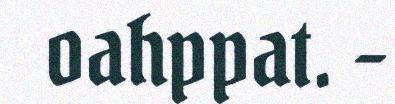
oahppat. -